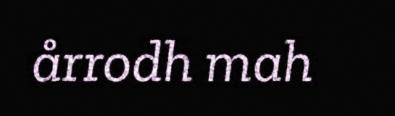
årrodh mah